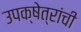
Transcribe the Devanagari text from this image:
उपक्षेत्रांची